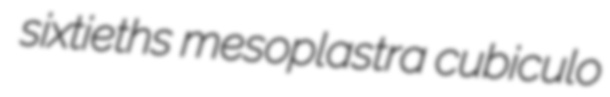
sixtieths mesoplastra cubiculo